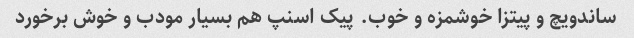
ساندویچ و پیتزا خوشمزه و خوب. پیک اسنپ هم بسیار مودب و خوش برخورد